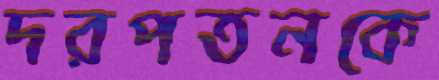
দরপতনকে